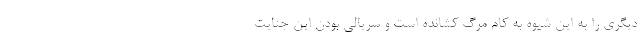
دیگری را به این شیوه به کام مرگ کشانده است و سریالی بودن این جنایت